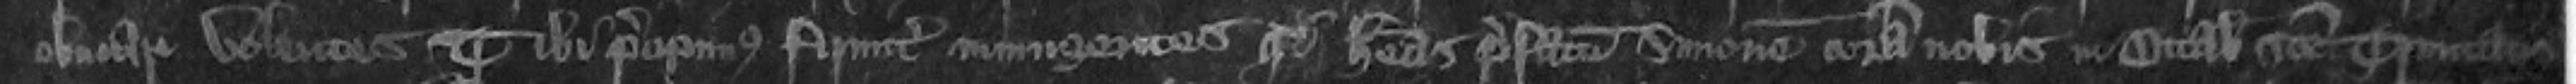
obviare volentes Teste me ibi precipimus firmiter iniungentes quod habeas prefatum Simonem coram nobis in Octabis Sancte Trinitatis